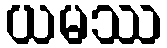
ယမဿ